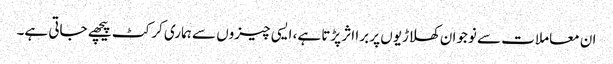
ان معاملات سے نوجوان کھلاڑیوں پر برا اثر پڑتا ہے، ایسی چیزوں سے ہماری کرکٹ پیچھے جاتی ہے۔